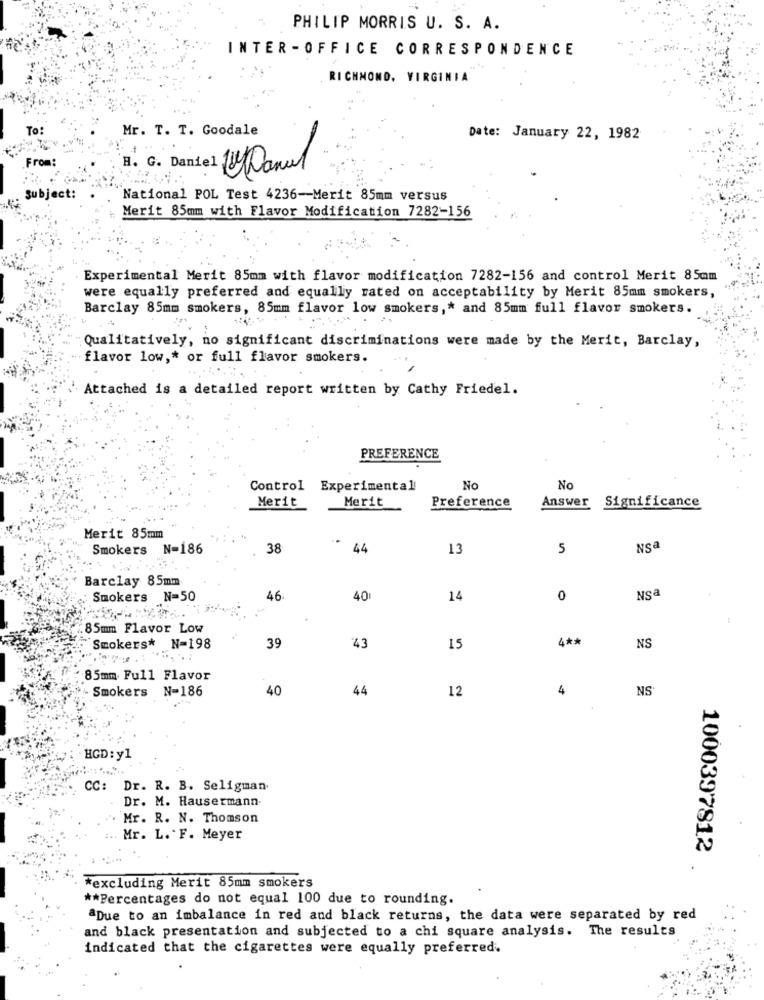
PHILIP MORRIS U. S. A.
INTER - OFFICE CORRESPONDENCE
RICHMOND, VIRGINIA
Mr. T. T. Goodale
Date: January 22, 1982
From
14 Danul
Subject:
National POL Test 4236-Merit 85mm versus
Merit 85mm with Flavor Modification 7282-156
Experimental Merit 85mm with flavor modification 7282-156 and control Merit 85mm
were equally preferred and equally rated on acceptability by Merit 85mm smokers,
Barclay 85mm smokers, 85mm flavor low smokers ,* and 85mm full flavor smokers.
Qualitatively, no significant discriminations were made by the Merit, Barclay,
flavor low ,* or full flavor smokers.
Attached is a detailed report written by Cathy Friedel.
PREFERENCE
Control Experimental
No
No
Merit
Merit
Answer
Significance
Preference
Merit 85mm
..
Smokers N=186
38
44
13
5
NSª
Barclay 85mm
Smokers N=50
46
40
14
0
NSa
85mm Flavor Low
4 **
Smokers* N=198
39
43
15
NS
85mm Full Flavor
Smokers N=186
40
44
12
4
NS
HGD: y1
CC: Dr. R. B. Seligman.
Dr. M. Hausermann.
Mr. R. N. Thomson
Mr. L. F. Meyer
1000397812
*excluding Merit 85mm smokers
** Percentages do not equal 100 due to rounding.
aDue to an imbalance in red and black returns, the data were separated by red
and black presentation and subjected to a chi square analysis. The results
indicated that the cigarettes were equally preferred.